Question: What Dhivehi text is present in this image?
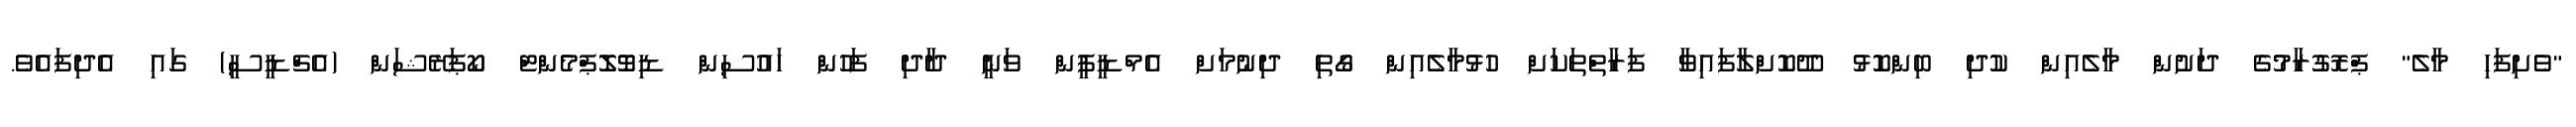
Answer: "ވެށިފަހި މާލެ" ޕްރޮގުރާމުގެ ދަށުން މާލެއިން ކުދި ބިންކޮޅު ދޫކޮށްލާފައިވާ ފަރާތްތަކަށް ހުޅުމާލެއިން ގޯތި ދިނުމަށް އެމްޑީޕީން ވަނީ ދާދި ފަހުން ހައުސިން ޑިވޮލޮޕްމެންޓް ކޯޕަރޭޝަން (އެޗްޑީސީ) ގައި އެދިފައެވެ.